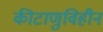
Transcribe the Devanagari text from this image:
कीटाणुविहीन